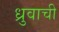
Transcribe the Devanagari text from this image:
ध्रुवाची